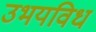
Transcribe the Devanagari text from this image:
उभयविध